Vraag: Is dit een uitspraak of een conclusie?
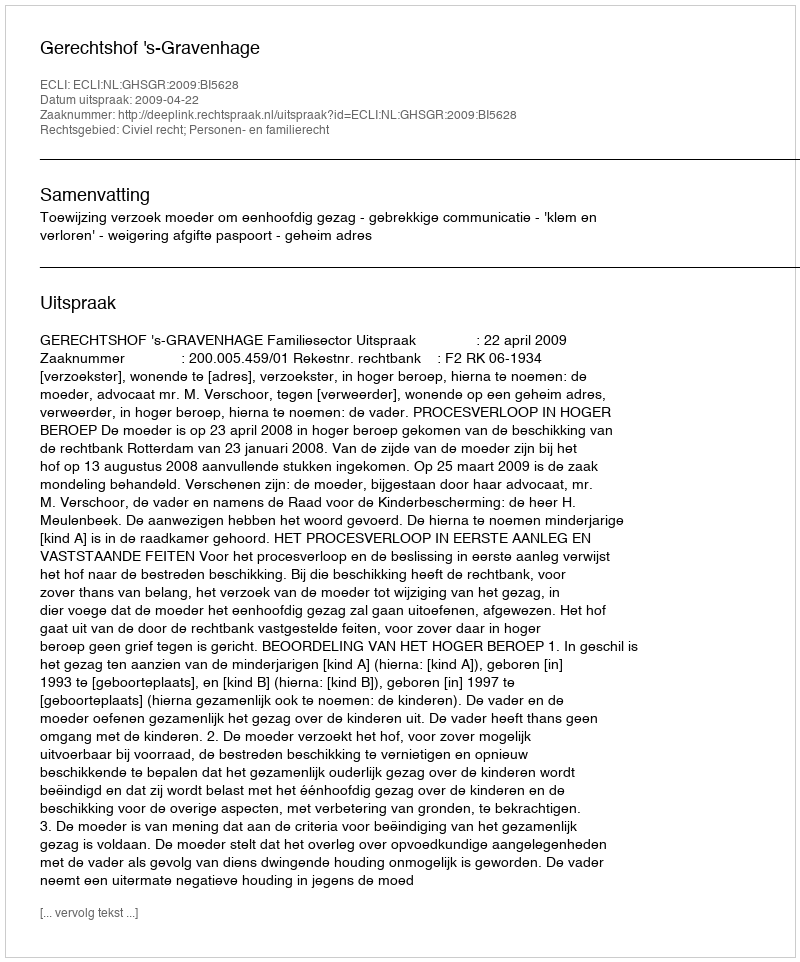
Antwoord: Uitspraak